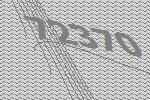
72370